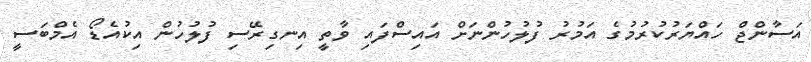
އަސާންޖް ހައްޔަރުކުރުމުގެ އަމުރު ފުލުހުންނަށް އައިސްފައި ވާތީ އިނގިރޭސި ފުލުހުން އިކުއެޑޯ އެމްބަސީ